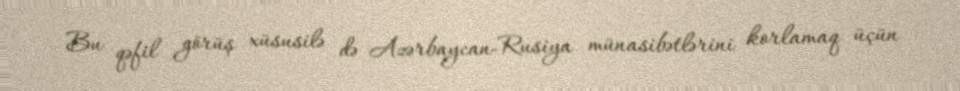
Bu qəfil görüş xüsusilə də Azərbaycan-Rusiya münasibətlərini korlamaq üçün